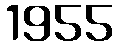
1955